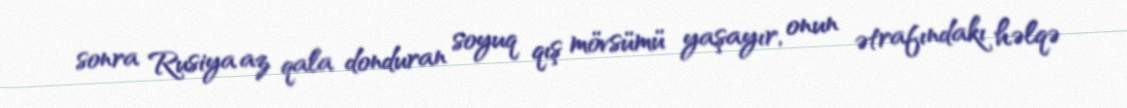
sonra Rusiya az qala donduran soyuq qış mövsümü yaşayır, onun ətrafındakı həlqə